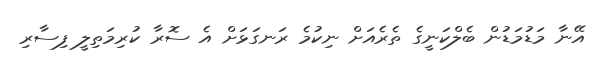
އޭނާ މަޑުމަޑުން ބެލްކަނީގެ ތެރެއަށް ނިކުމެ ރަނގަޅަށް އެ ސޮރާ ކުރިމަތިލީ ފިސާރި